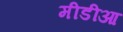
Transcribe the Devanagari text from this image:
मीडीआ